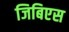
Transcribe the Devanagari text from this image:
जिबिएस